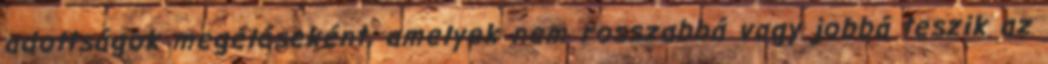
adottságok megéléseként, amelyek nem rosszabbá vagy jobbá teszik az